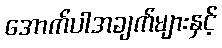
အောက်ပါအချက်များနှင့်